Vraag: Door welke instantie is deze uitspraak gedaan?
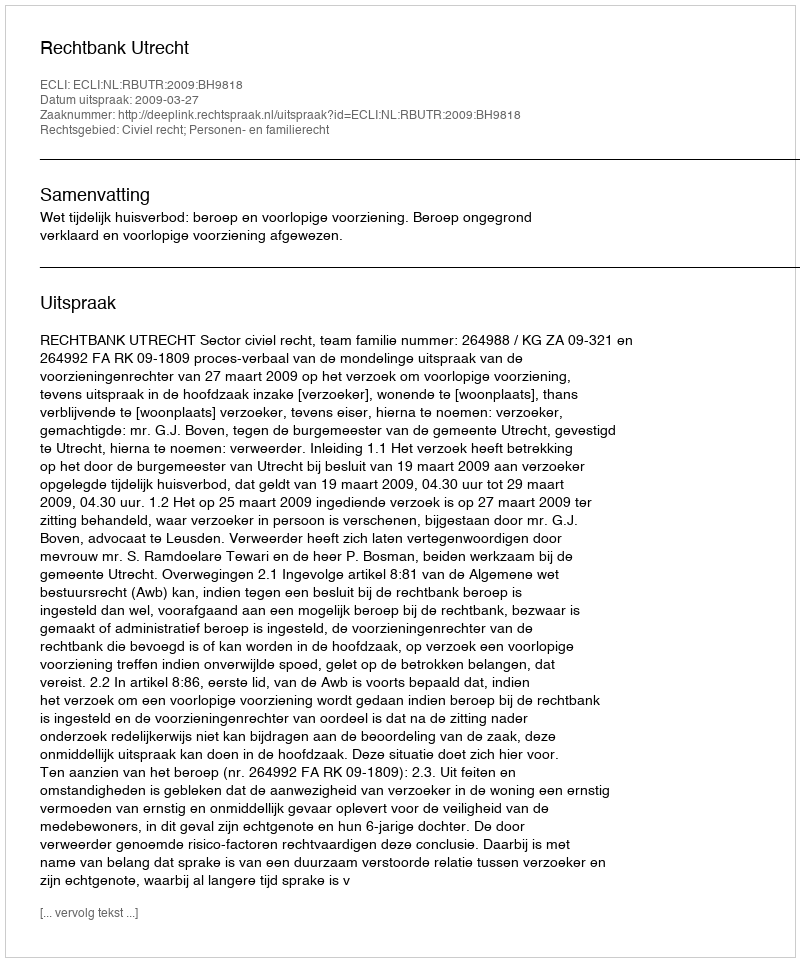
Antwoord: Rechtbank Utrecht